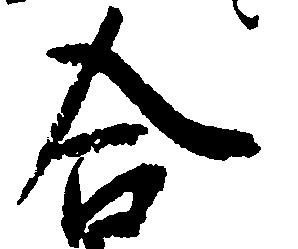
合